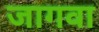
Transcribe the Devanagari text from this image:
जागवा